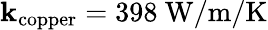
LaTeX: \mathbf{k}_{\mathrm{{copper}}}=398\ \mathrm{{W/m/K}}